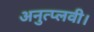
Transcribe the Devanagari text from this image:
अनुत्प्लवी।